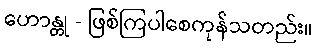
ဟောန္တု - ဖြစ်ကြပါစေကုန်သတည်း။